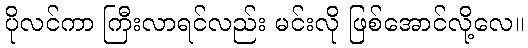
ပိုလင်ကာ ကြီးလာရင်လည်း မင်းလို ဖြစ်အောင်လို့လေ။